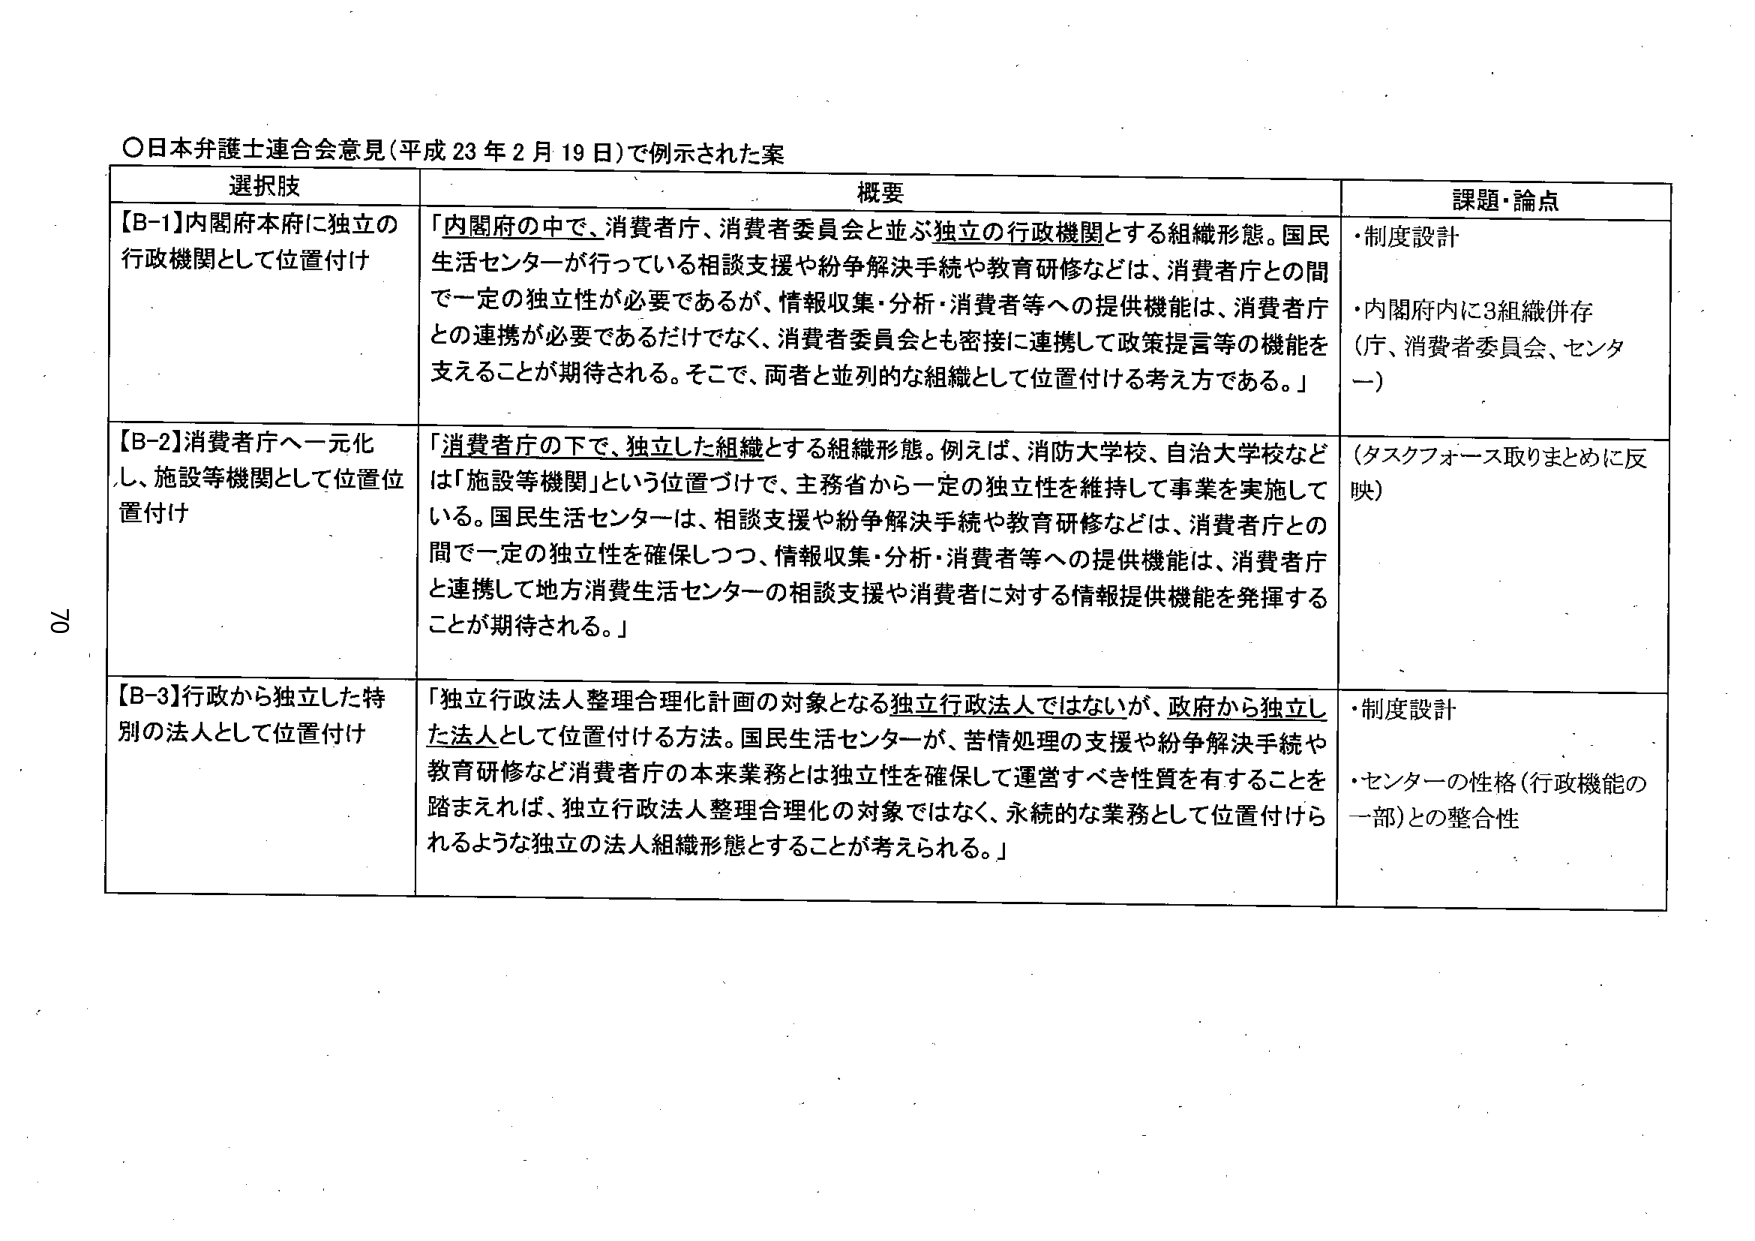
〇日本弁護士連合会意見（平成23年2月19日）で例示された案

選択肢